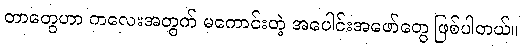
တာတွေဟာ ကလေးအတွက် မကောင်းတဲ့ အပေါင်းအဖော်တွေ ဖြစ်ပါတယ်။